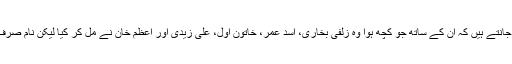
اب ترین صاحب بخوبی جانتے ہیں کہ ان کے ساتھ جو کچھ ہوا وہ زلفی بخاری، اسد عمر، خاتونِ اول، علی زیدی اور اعظم خان نے مل کر کیا لیکن نام صرف اعظم خان کا لیتے ہیں۔